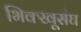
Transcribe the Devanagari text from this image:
भिक्खूसंघ